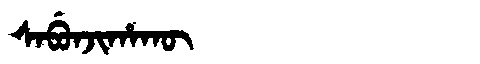
Manchu: ᠰᠠᠪᡠᠨᠵᡳᡥᠠᡴᡡ
Romanization: SABUNJIHAKŪ